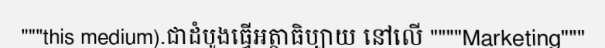
"""this medium).ជាដំបូងធ្វើអត្ថាធិប្បាយ នៅលើ """"Marketing"""